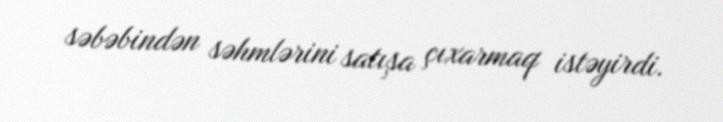
səbəbindən səhmlərini satışa çıxarmaq istəyirdi.